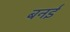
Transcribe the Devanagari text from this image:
बनई